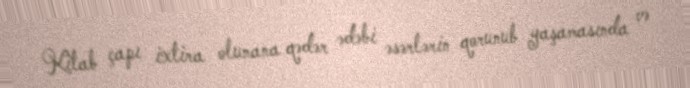
Kitab çapı ixtira olunana qədər ədəbi əsərlərin qorunub yaşamasında və